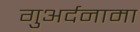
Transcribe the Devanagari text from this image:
गुअर्दनामा